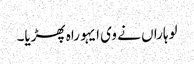
لوہاراں نے وی ایہو راہ پھڑیا۔